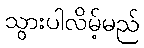
သွားပါလိမ့်မည်